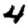
Digit: 4